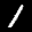
Label: 1